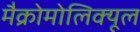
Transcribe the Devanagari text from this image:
मैक्रोमोलिक्यूल